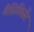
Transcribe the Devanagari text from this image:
मैग्निफ़िसेंट